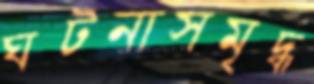
ঘটনাসমৃদ্ধ